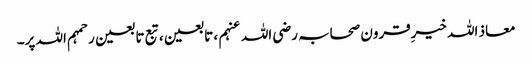
معاذ اللہ خیرِقرون صحابہ رضی اللہ عنہم ، تابعین ، تبع تا بعین رحمہم اللہ پر۔